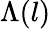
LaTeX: \Lambda(l)